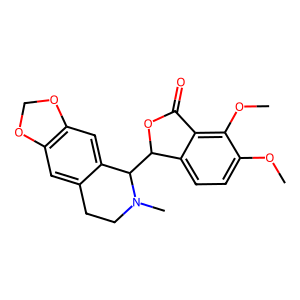
SMILES: COc1ccc2c(c1OC)C(=O)OC2C1c2cc3c(cc2CCN1C)OCO3
Inhibits HIV replication: No